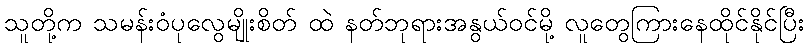
သူတို့က သမန်းဝံပုလွေမျိုးစိတ် ထဲ နတ်ဘုရားအနွယ်ဝင်မို့ လူတွေကြားနေထိုင်နိုင်ပြီး